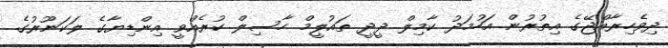
ދިވެހިރާއްޖޭގެ އިތުރުން އަހުމަދު ކާމިލް ދީދީ ތައުލީމް ހާސިލް ކުރެއްވީ އިންޑިޔާގެ ލަކަނޫރުގެ